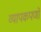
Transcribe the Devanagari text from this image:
व्यापकपर्णो